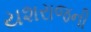
યશરાજની